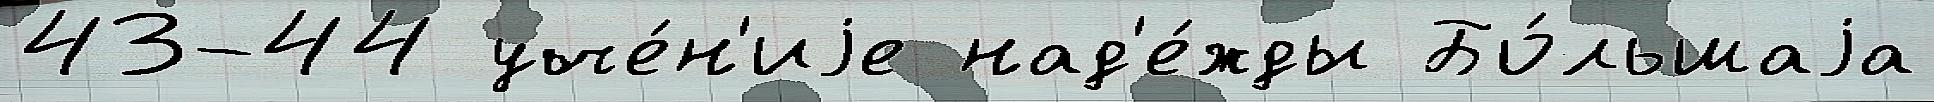
43-44 уче́н'иjе над'е́жды Бо́льшаjа